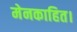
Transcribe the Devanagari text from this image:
मेनकाहित।